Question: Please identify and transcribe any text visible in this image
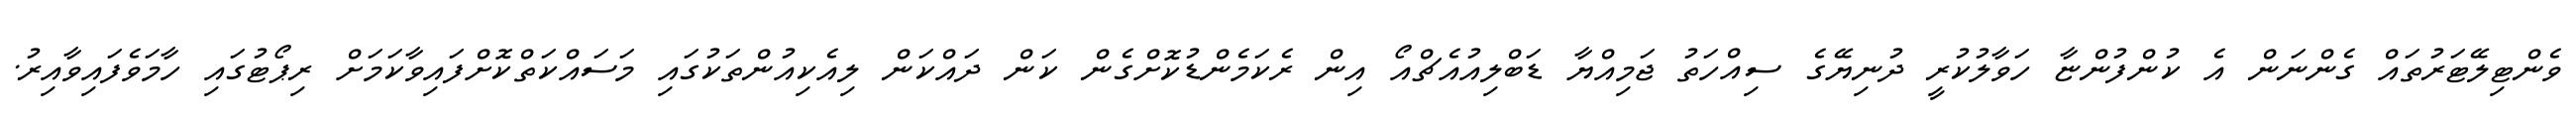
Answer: ވެންޓިލޭޓަރުތައް ގެންނަން އެ ކުންފުންޏާ ހަވާލުކުރީ ދުނިޔޭގެ ސިއްހަތު ޖަމިއްޔާ ޑަބްލިއުއެޗްއޯ އިން ރެކަމެންޑުކޮށްގެން ކަން ދައްކަން ލިއެކިއުންތަކުގައި މަސައްކަތްކޮށްފައިވާކަމަށް ރިޕޯޓުގައި ހާމަވެފައިވާއިރު.